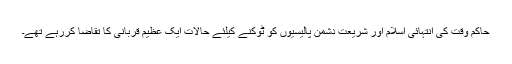
حاکم وقت کی انتہائی اسلام اور شریعت دشمن پالیسیوں کو ٹوکنے کیلئے حالات ایک عظیم قربانی کا تقاضا کررہے تھے۔